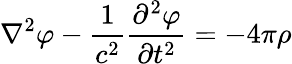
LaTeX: \nabla^{2}\varphi-{\frac{1}{c^{2}}}{\frac{\partial^{2}\varphi}{\partial t^{2}}}=-{4\pi\rho}